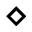
\diamond